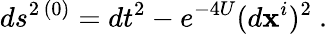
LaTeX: ds^{2\, (0)}=dt^{2}-e^{-4U}(d\mathbf{x}^{i})^{2}\ .